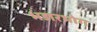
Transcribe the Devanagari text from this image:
भंडारभोग